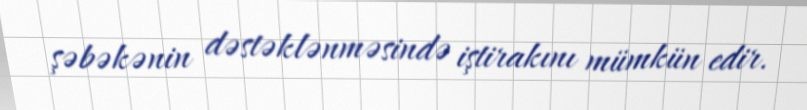
şəbəkənin dəstəklənməsində iştirakını mümkün edir.